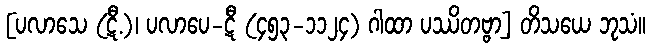
[ပလာသေ (ဋီ.)၊ ပလာပေ-ဋီ (၄၅၃-၁၁၂၄) ဂါထာ ပဿိတဗ္ဗာ] တိသယေ ဘုသံ။